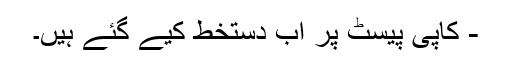
- کاپی پیسٹ پر اب دستخط کیے گئے ہیں۔